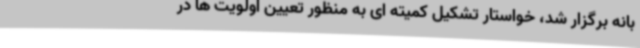
بانه برگزار شد، خواستار تشکیل کمیته ای به منظور تعیین اولویت ها در